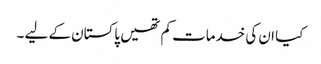
کیا ان کی خدمات کم تھیں پاکستان کے لیے ۔